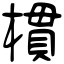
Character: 樌